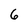
Character: 6